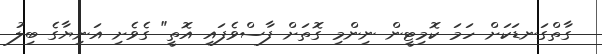
ގާތްގަނޑަކަށް ހަމަ ކޮމިޓީން ނިންމި ގޮތަށް ފާސްވެފައި އޮތީ" ގެވެށި އަނިޔާގެ ބިލު